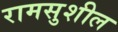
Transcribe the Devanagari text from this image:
रामसुशील